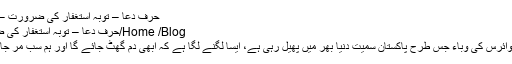
حرف دعا – توبہ استغفار کی ضرورت – آبگینے
Home /Blog/حرف دعا – توبہ استغفار کی ضرورت
. کرونا وائرس کی وباء جس طرح پاکستان سمیت دنیا بھر میں پھیل رہی ہے، ایسا لگنے لگا ہے کہ ابھی دم گھٹ جائے گا اور ہم سب مر جائیں گے۔